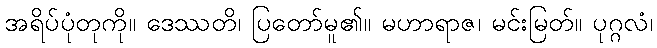
အရိပ်ပုံတုကို။ ဒေဿတိ၊ ပြတော်မူ၏။ မဟာရာဇ၊ မင်းမြတ်။ ပုဂ္ဂလံ၊